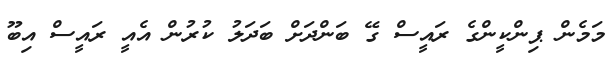
މަމެން ޕިންކީންގެ ރައީސް ގޭ ބަންދަށް ބަދަލު ކުރުން އެއީ ރައީސް އިބޫ